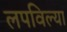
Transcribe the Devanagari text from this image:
लपविल्या